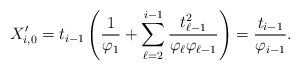
\begin{align*}X_{i,0}^\prime = t_{i-1}\left(\frac{1}{\varphi_{1}}+\sum_{\ell=2}^{i-1}\frac{t_{\ell-1}^2}{\varphi_{\ell}\varphi_{\ell-1}}\right)=\frac{t_{i-1}}{\varphi_{i-1}}.\end{align*}